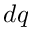
d q